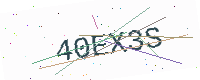
Text: 40EX3S